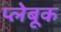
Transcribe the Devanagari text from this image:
प्लेबूक